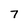
Character: 7